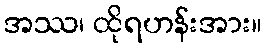
အဿ၊ ထိုရဟန်းအား။